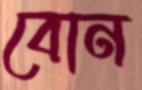
বোন